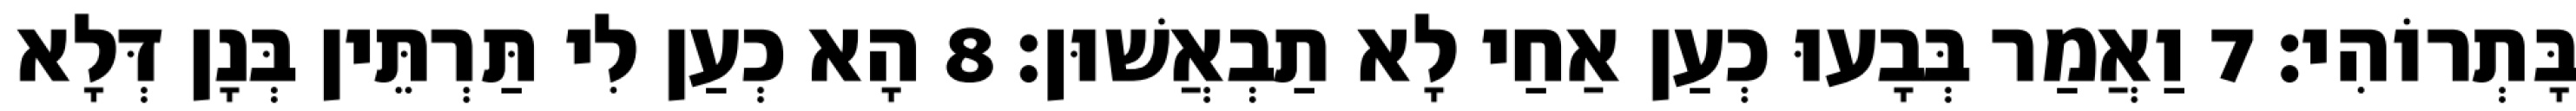
בָּתְרוֹהִי׃ 7 וַאֲמַר בְּבָעוּ כְעַן אַחַי לָא תַבְאֲשׁוּן׃ 8 הָא כְעַן לִי תַּרְתֵּין בְּנָן דְּלָא